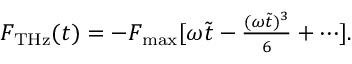
\begin{array} { r } { F _ { \mathrm { T H z } } ( t ) = - F _ { \mathrm { m a x } } [ \omega \tilde { t } - \frac { ( \omega \tilde { t } ) ^ { 3 } } { 6 } + \cdots ] . } \end{array}